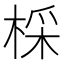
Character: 棌